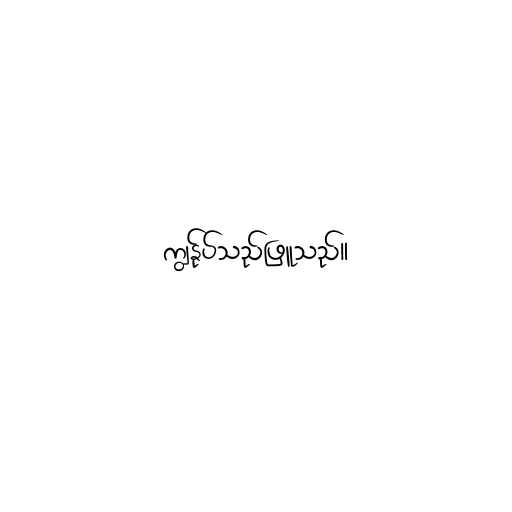
ကျွန်ုပ်သည်ဖြူသည်။